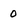
Character: 0